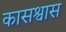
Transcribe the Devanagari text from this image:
कासश्वास